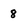
Character: 8